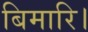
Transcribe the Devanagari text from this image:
बिमारि।